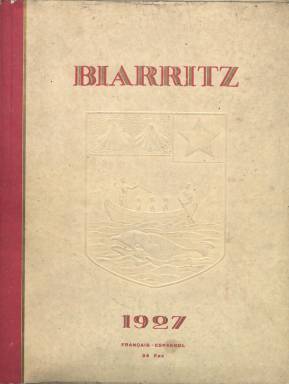
Título: Biarritz (Paris)
Colección: Revistas turísticas y de viajes
Ámbito geográfico: Francia
Lugar de publicación: Paris
Fechas: 01/01/1927-31/12/1927

Publicación de gran lujo dedicada al turismo y vida social de esta famosa localidad balnearia de la costa vasca situada en el suroeste de Francia, que a partir de la segunda mitad del siglo diecinueve empezó a ser lugar de veraneo de la alta aristocracia europea. Es publicada bajo el patrocinio de una de las principales empresas ferroviarias del continente, Chemins de Fer d’Orléans et du Midi, y la institución turística Syndicat d’Initiative de Biarritz. En su tirada fueron impresos dos ejemplares especiales para el rey de España y el príncipe de Gales, y otros ochenta numerados. Está estampada con gran alarde tipográfico y esmerado estilo por sus ilustraciones, textos, inserciones publicitarias y papel de impresión, alcanzando más de un centenar y medio de páginas esta entrega o edición de 1927 en la colección de la Biblioteca Nacional de España.

Aunque en su cubierta se señala en francés y español, sus textos están escritos en su totalidad en el primer idioma (exceptuando los pies de fotos, que están traducidos también al español). El prefacio va firmado por Pierre d’Arcangues (1886-1973), marqués de Irandez y escritor, que fue presidente del Comité de Turismo y de las Fiestas y alcalde durante cuarenta años de Arcangues. Contiene textos sobre los aspectos históricos de Biarritz, con reproducción de dibujos en cuatricromía de André Lichtenberger; sobre la temporada de 1926 de la vida social en esta ciudad, por Paul Mestchersky y dibujos también en cuatricromía de H. Pédezert; un reportaje gráfico con la presencia de Alfonso XII (clichés de Manuel Frères) y de los invitados a la gala en el Casino Bellevue (clichés de Novarro) con personajes de la alta aristocracia europea; Biarritz, como centro de las elegancias, una crónica de modas escrita por Camille Duguet y con dibujos a color de Fromenti; y otros textos y bellas fotografías de la Costa Vasca, Hendaya, San Juan de Luz o el País Vasco español.

Entre sus textos se incluyen poemas del citado Pierre d’Arcangues, Françis Jammes, Jean Rameau o Edmond Rostand, en inserta otras bellas ilustraciones en color, como unos dibujos de Hemjic, y la reproducción de las obras pictóricas de Ramiro Arrué y Bergés o la de los maestros vidrieros Fréres Mauméjean. Se publicitan los principales hoteles de la ciudad, empresas de automóviles, y casas de perfumería, peluquería, peletería o de champán y vinos, pero también lo hace el marchante parisino Paul Guillaume, con obras en venta de Cézanne, Renoir, Manet, Degas, Gauguin, Monet, Greco, Lautrec o Picasso, entre otros pintores.